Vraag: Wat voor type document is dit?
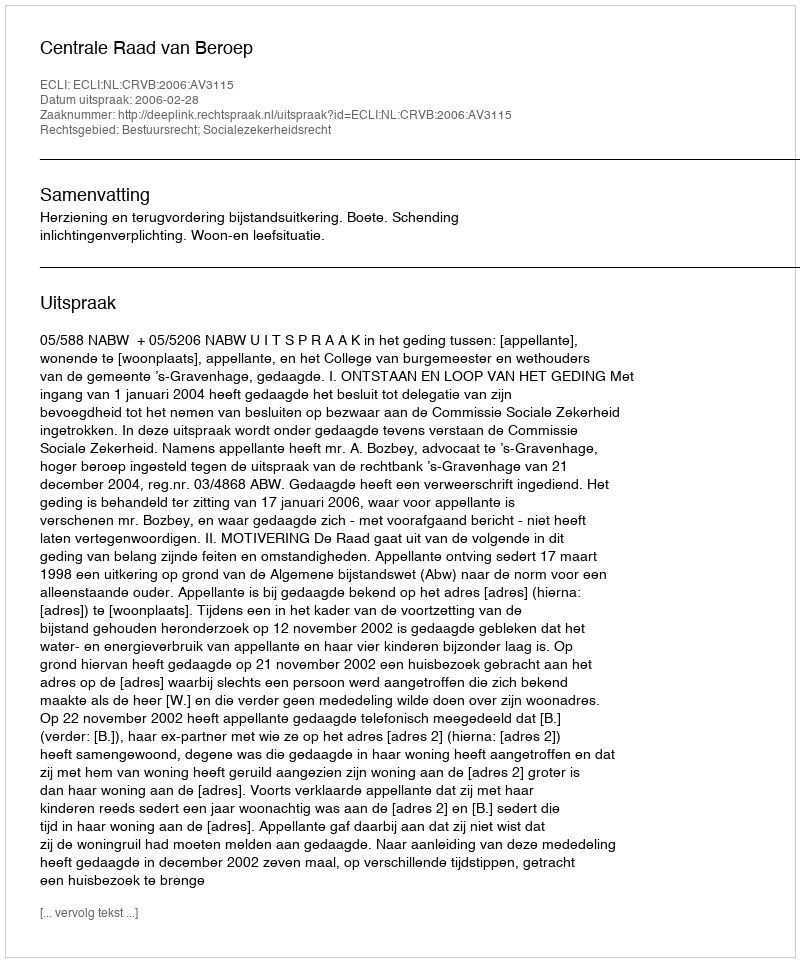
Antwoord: Uitspraak